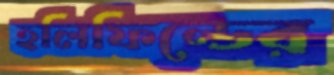
হলিফিল্ডের